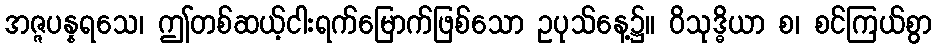
အဇ္ဇပန္နရသေ၊ ဤတစ်ဆယ့်ငါးရက်မြောက်ဖြစ်သော ဥပုသ်နေ့၌။ ဝိသုဒ္ဓိယာ စ၊ စင်ကြယ်စွာ